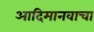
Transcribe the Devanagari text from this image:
आदिमानवाचा